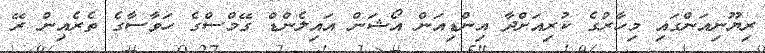
ރިޔޫނިއަންގައި މިހާރުގެ ކުރިއަށްދާ އިންޑިއަން އޯޝަން އައިލެންޑް ގޭމްސްގެ ހަވާސާގެ ތެރެއިން ރޭ